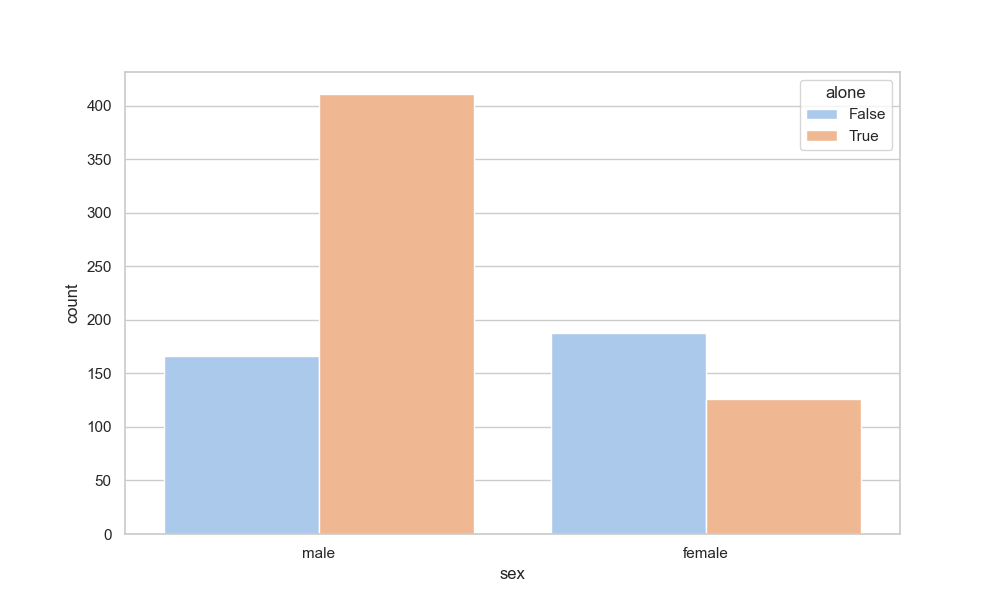
python, seaborn, countplot, x='sex', palette='pastel', hue='alone'